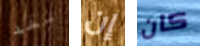
لقد إن كان